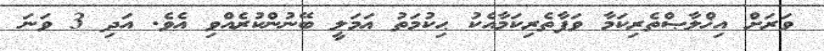
ވަރަށް އިޚްލާޞްތެރިކަމާ ވަފާތެރިކަމާއެކު ޙިކުމަތު ޢަމަލީ ބޭނުންކުރެއްވި އެވެ. އަދި 3 ވަނަ